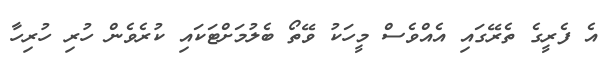
އެ ފެރީގެ ތެރޭގައި އެއްވެސް މީހަކު ވޭތޯ ބެލުމަށްޓަކައި ކުރެވެން ހުރި ހުރިހާ